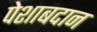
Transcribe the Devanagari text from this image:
पेशाबदान